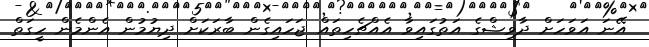
އޭނަ އަވަހަށް ދާވިޝްގެ އަތުގައިވާ އެއްޗެހިތައް ޖަހައިގެން ބާރަކަށް ދިޔުމުން އެންމެން ހީގަތް